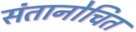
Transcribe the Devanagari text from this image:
संतानोचित